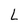
Character: L